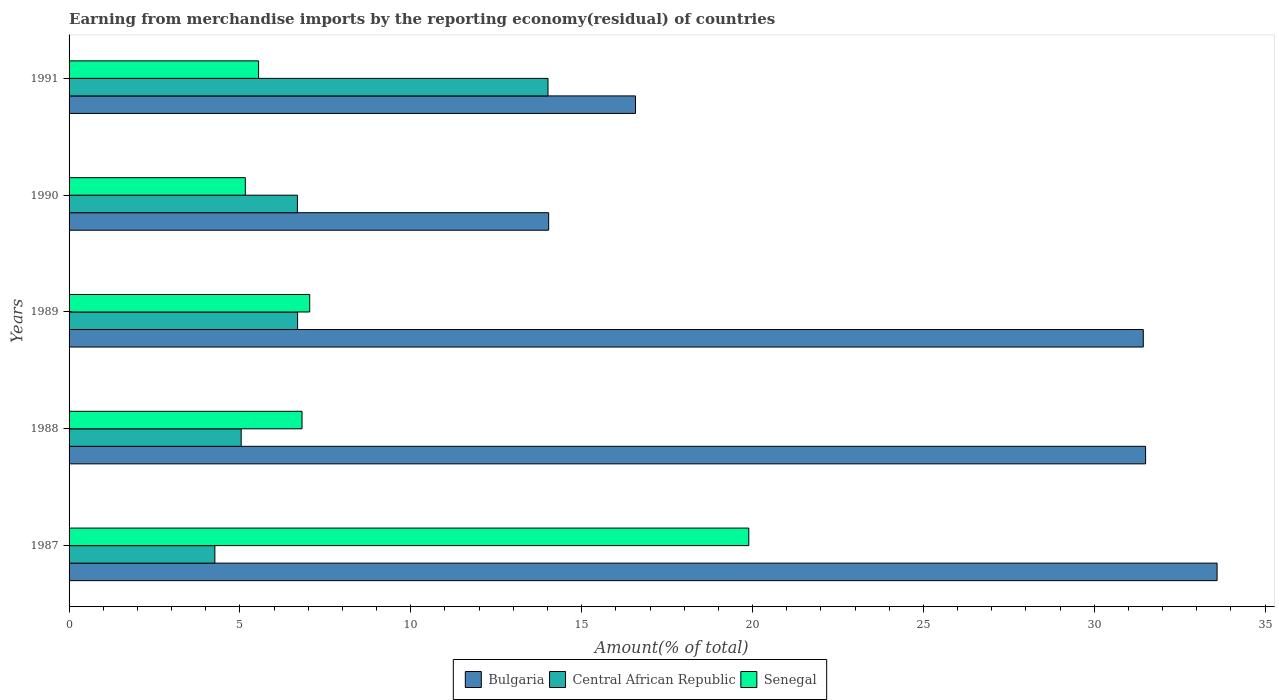
| Years | Bulgaria | Central African Republic | Senegal |
 | --- | --- | --- | --- |
 | 1987 | 33.6 | 4.27 | 19.9 |
 | 1988 | 31.5 | 5.04 | 6.82 |
 | 1989 | 31.4 | 6.69 | 7.04 |
 | 1990 | 14 | 6.68 | 5.16 |
 | 1991 | 16.6 | 14 | 5.55 |